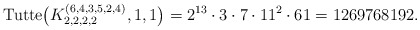
\begin{gather*}{\rm Tutte}\big(K_{2,2,2,2}^{(6,4,3,5,2,4)},1,1\big)=2^{13} \cdot 3 \cdot 7 \cdot 11^2\cdot 61 = 1269768192.\end{gather*}